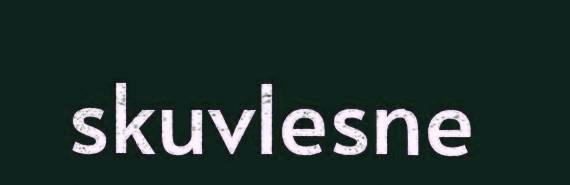
skuvlesne